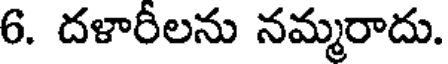
6. దళారీలను నమ్మరాదు.